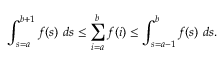
\int _ { s = a } ^ { b + 1 } f ( s ) \ d s \leq \sum _ { i = a } ^ { b } f ( i ) \leq \int _ { s = a - 1 } ^ { b } f ( s ) \ d s .